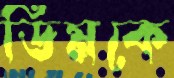
ডিমকে